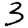
Digit: 3